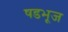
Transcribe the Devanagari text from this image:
षडभूज